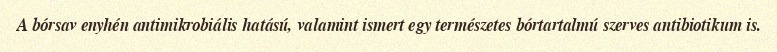
A bórsav enyhén antimikrobiális hatású, valamint ismert egy természetes bórtartalmú szerves antibiotikum is.